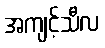
အကျင့်သီလ